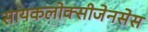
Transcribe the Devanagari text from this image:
सायकलोक्सीजेनसेस